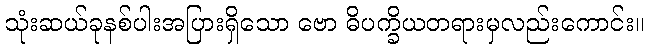
သုံးဆယ်ခုနစ်ပါးအပြားရှိသော ဗော ဓိပက္ခိယတရားမှလည်းကောင်း။